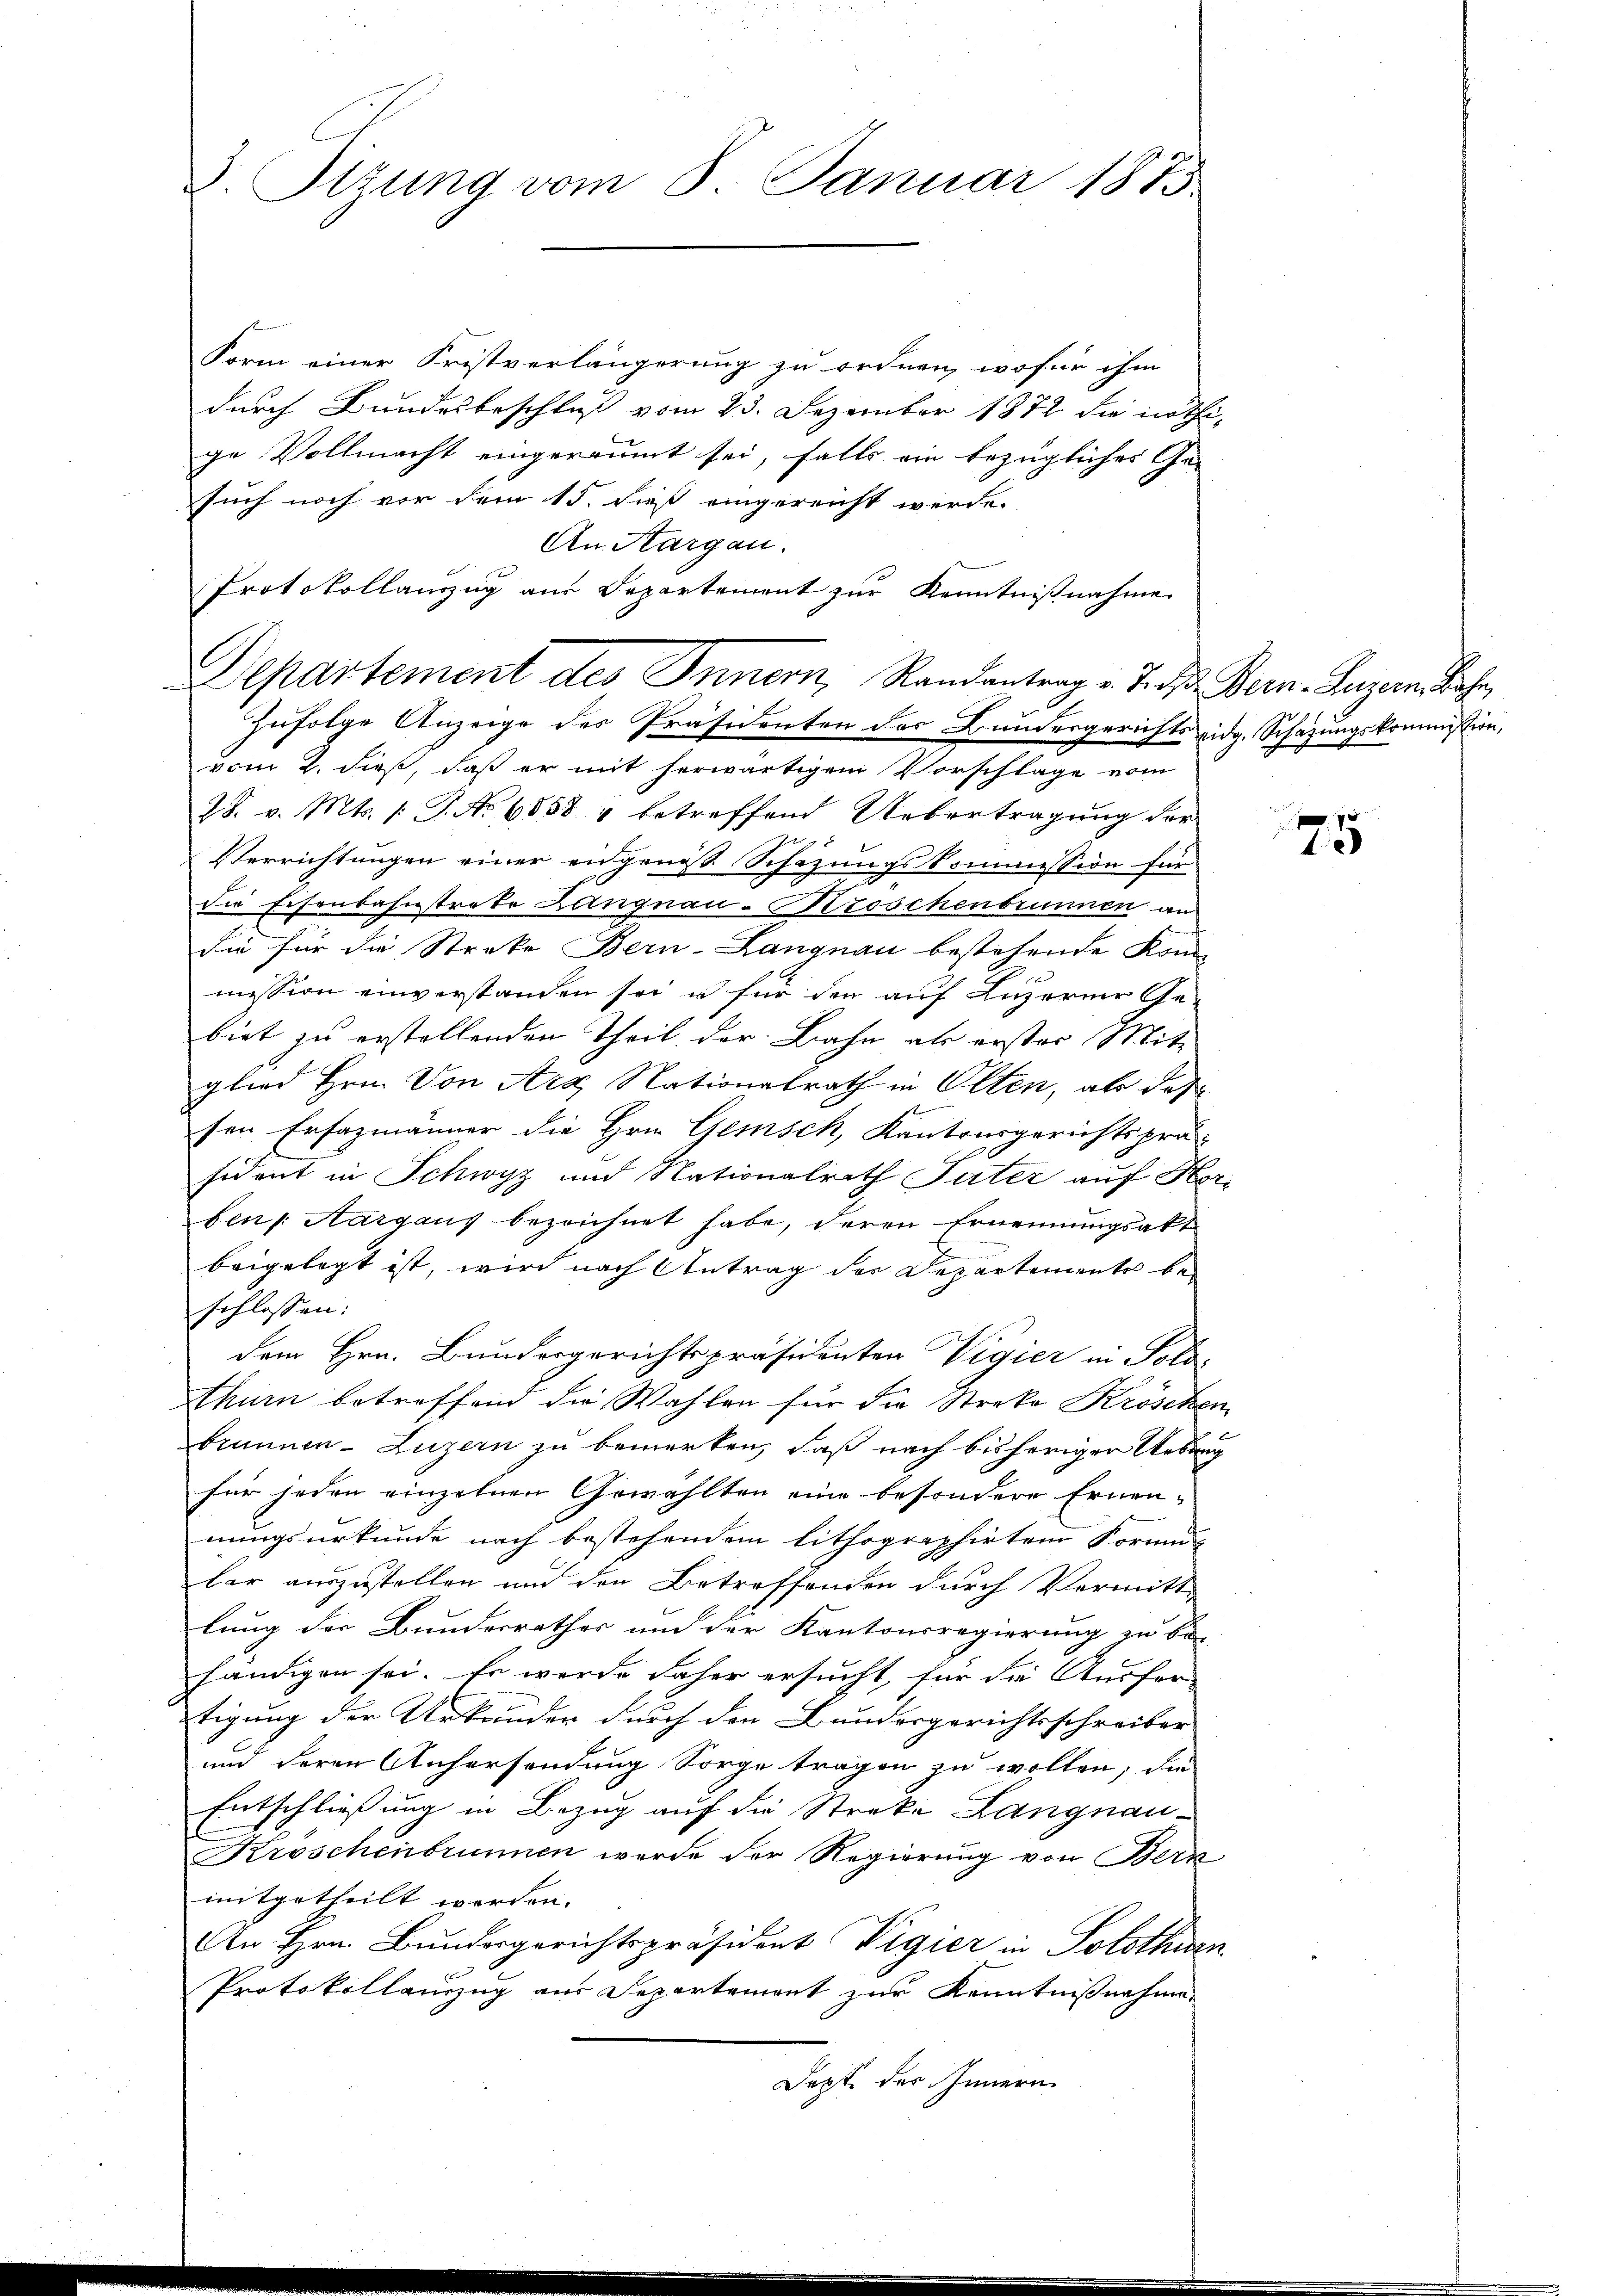
Ottung vom 8. Januar 1875

Form einer Fristverlängerung zu ordnen, wofür ihm
durch Bundesbeschluß vom 23. Dezember 1872 die nöth
ge Vollmacht eingeräumt sei, falls ein bezügliches Ga-
such noch vor dem 15. dieß eingereicht werde.
An Aargau.
Protokollauszug aus Departement zur Kenntnißnahme
Zufolge Anzeige des Präsidenten des Bundesgerichts eidg. Schazungskommission,
vom 2. dieß, daß er mit herwärtigem Vorschläge vom
28. v. Mts. 1: P. No. 6558 & betreffend Uebertragung der
Verrichtungen einer angenoß Schazungskommission für
die Eisenbahnstrate Langnau-Broschenbrunnen an
Sie für die Streke Bern-Langnau bestehende Kom-
mission einverstanden sei u für den auf Luzerner Ge-
biet zu erstellenden Theil der Bahn als erster Mit-
glied Hrn. Von Arx, Nationalrath in Olten, als des
sen Erfazmänner die Hrn. Gemisch, Kantonsgerichtsprä-
sident in Schwyz und Nationalrath Tuter auf Hor
ben |: Aargang bezeichnet habe, deren Ernennungsakt
beigelegt ist, wird nach Antrag der Departemente beschlossen:
dem Hrn. Bundergerichtspräsidenten Vigier in Solo-
thurn betreffend die Wahlen für die Streke Kröscher
brunnen- Luzern zu bemerken, daß nach bisheriger Neben
für jeden einzelnen Gewählten eine besondere Ernennungsurkunde nach bestehendem lithographirten Formun-
lar auszustellen und den Betreffenden durch Vormitt-
lung der Bundesrathes und der Kantonsregierung zu be-
händigen sei. Es werde daher ersucht, für die Ausfer-
tigung der Urkunder durch den Bundesgerichtsschreiber
und deren Anhersendung Sorge trägen zu wollen, die
Entschließung in Bezug auf die Streke Langnau¬
Kroschenbrunnen werde der Regierung von Bern
mitgetheilt werden.
An Hrn. Bundesgerichtspräsident Vigier in Solothurs
Protokollauszug aus Separtement zur Kenntnißnahme
Jepte des Innern

Departement des Innern, Randantrag v. Tod. Bern-Luzern Bahn

75